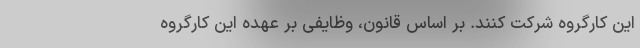
این کارگروه شرکت کنند. بر اساس قانون، وظایفی بر عهده این کارگروه